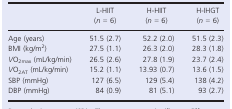
<table><thead><tr><td></td><td><b>L‐HIIT (<i>n</i> = 6)</b></td><td><b>H‐HIIT (<i>n</i> = 6)</b></td><td><b>H‐IHGT (<i>n</i> = 6)</b></td></tr></thead><tbody><tr><td>Age (years)</td><td>51.5 (2.7)</td><td>52.2 (2.0)</td><td>51.5 (2.3)</td></tr><tr><td>BMI (kg/m<sup>2</sup>)</td><td>27.5 (1.1)</td><td>26.3 (2.0)</td><td>28.3 (1.8)</td></tr><tr><td><i>V</i>O<sub>2max</sub> (mL/kg/min)</td><td>26.5 (2.6)</td><td>27.8 (1.9)</td><td>23.7 (2.4)</td></tr><tr><td><i>V</i>O<sub>2AT</sub> (mL/kg/min)</td><td>15.2 (1.1)</td><td>13.93 (0.7)</td><td>13.6 (1.5)</td></tr><tr><td>SBP (mmHg)</td><td>127 (6.5)</td><td>129 (5.4)</td><td>138 (4.2)</td></tr><tr><td>DBP (mmHg)</td><td>84 (0.9)</td><td>81 (5.1)</td><td>93 (2.7)</td></tr></tbody></table>